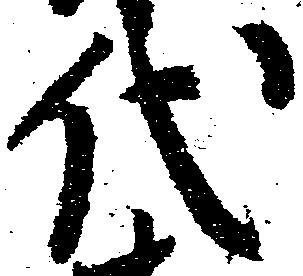
代